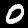
Digit: 0